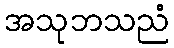
အသုဘသညံ